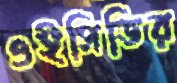
ওইসিডির